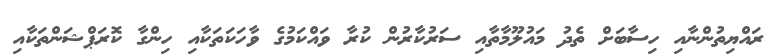
ރައްޔިތުންނާއި ހިސާބަށް ތެދު މައުލޫމާތާއި ސަރުކާރުން ކުރާ ވައްކަމުގެ ވާހަކަތަކާއި ހިންގާ ކޮރަޕްޝަންތަކާއި